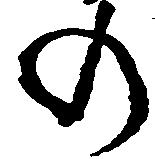
の